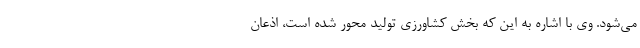
می‌شود. وی با اشاره به این که بخش کشاورزی تولید محور شده است، اذعان